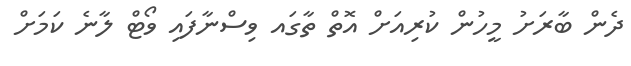
ދެން ބާރަށު މީހުން ކުރިއަށް އޮތް ތާގައ ވިސްނާފައި ވޯޓް ލާނެ ކަމަށް